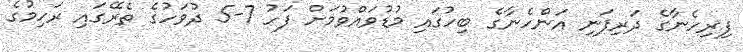
ފިރިހެނާގެ ދަރިފަނި އަންހެނާގެ ބިހުގައި މުޑުވައްވުމަށް ފަހު 7-5 ދުވަހުގެ ތެރޭގައި ރަހިމުގެ